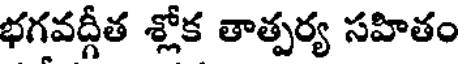
భగవద్గీత శ్లోక తాత్పర్య సహితం